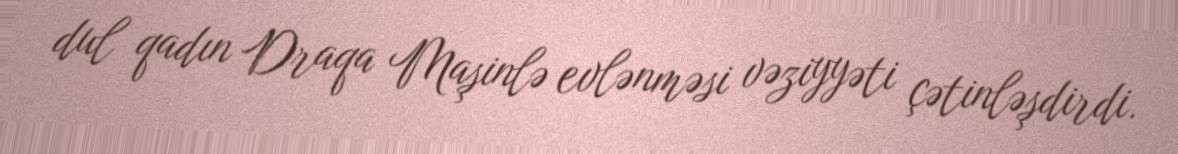
dul qadın Draqa Maşinlə evlənməsi vəziyyəti çətinləşdirdi.